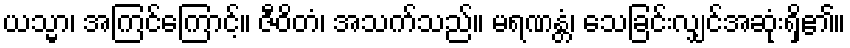
ယသ္မာ၊ အကြင်ကြောင့်။ ဇီဝိတံ၊ အသက်သည်။ မရဏန္တံ၊ သေခြင်းလျှင်အဆုံးရှိ၏။